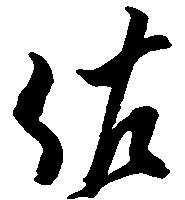
佐